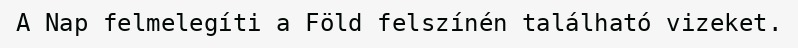
A Nap felmelegíti a Föld felszínén található vizeket.